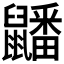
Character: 𪖇